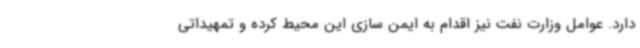
دارد. عوامل وزارت نفت نیز اقدام به ایمن سازی این محیط کرده و تمهیداتی